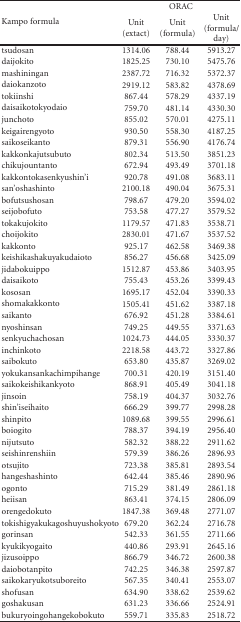
<table><thead><tr><td rowspan="2"><b>Kampo formula</b></td><td colspan="3"><b>ORAC</b></td></tr><tr><td><b>Unit (extact)</b></td><td><b>Unit (formula)</b></td><td><b>Unit (formula/ day)</b></td></tr></thead><tbody><tr><td>tsudosan</td><td>1314.06</td><td>788.44</td><td>5913.27</td></tr><tr><td>daijokito</td><td>1825.25</td><td>730.10</td><td>5475.76</td></tr><tr><td>mashiningan</td><td>2387.72</td><td>716.32</td><td>5372.37</td></tr><tr><td>daiokanzoto</td><td>2919.12</td><td>583.82</td><td>4378.69</td></tr><tr><td>tokiinshi</td><td>867.44</td><td>578.29</td><td>4337.19</td></tr><tr><td>daisaikotokyodaio</td><td>759.70</td><td>481.14</td><td>4330.30</td></tr><tr><td>junchoto</td><td>855.02</td><td>570.01</td><td>4275.11</td></tr><tr><td>keigairengyoto</td><td>930.50</td><td>558.30</td><td>4187.25</td></tr><tr><td>saikoseikanto</td><td>879.31</td><td>556.90</td><td>4176.74</td></tr><tr><td>kakkonkajutsubuto</td><td>802.34</td><td>513.50</td><td>3851.23</td></tr><tr><td>chikujountanto</td><td>672.94</td><td>493.49</td><td>3701.18</td></tr><tr><td>kakkontokasenkyushin&#x27;i</td><td>920.78</td><td>491.08</td><td>3683.11</td></tr><tr><td>san&#x27;oshashinto</td><td>2100.18</td><td>490.04</td><td>3675.31</td></tr><tr><td>bofutsushosan</td><td>798.67</td><td>479.20</td><td>3594.02</td></tr><tr><td>seijobofuto</td><td>753.58</td><td>477.27</td><td>3579.52</td></tr><tr><td>tokakujokito</td><td>1179.57</td><td>471.83</td><td>3538.71</td></tr><tr><td>choijokito</td><td>2830.01</td><td>471.67</td><td>3537.52</td></tr><tr><td>kakkonto</td><td>925.17</td><td>462.58</td><td>3469.38</td></tr><tr><td>keishikashakuyakudaioto</td><td>856.27</td><td>456.68</td><td>3425.09</td></tr><tr><td>jidabokuippo</td><td>1512.87</td><td>453.86</td><td>3403.95</td></tr><tr><td>daisaikoto</td><td>755.43</td><td>453.26</td><td>3399.43</td></tr><tr><td>kososan</td><td>1695.17</td><td>452.04</td><td>3390.33</td></tr><tr><td>shomakakkonto</td><td>1505.41</td><td>451.62</td><td>3387.18</td></tr><tr><td>saikanto</td><td>676.92</td><td>451.28</td><td>3384.61</td></tr><tr><td>nyoshinsan</td><td>749.25</td><td>449.55</td><td>3371.63</td></tr><tr><td>senkyuchachosan</td><td>1024.73</td><td>444.05</td><td>3330.37</td></tr><tr><td>inchinkoto</td><td>2218.58</td><td>443.72</td><td>3327.86</td></tr><tr><td>saibokuto</td><td>653.80</td><td>435.87</td><td>3269.02</td></tr><tr><td>yokukansankachimpihange</td><td>700.31</td><td>420.19</td><td>3151.40</td></tr><tr><td>saikokeishikankyoto</td><td>868.91</td><td>405.49</td><td>3041.18</td></tr><tr><td>jinsoin</td><td>758.19</td><td>404.37</td><td>3032.76</td></tr><tr><td>shin&#x27;iseihaito</td><td>666.29</td><td>399.77</td><td>2998.28</td></tr><tr><td>shinpito</td><td>1089.68</td><td>399.55</td><td>2996.61</td></tr><tr><td>boiogito</td><td>788.37</td><td>394.19</td><td>2956.40</td></tr><tr><td>nijutsuto</td><td>582.32</td><td>388.22</td><td>2911.62</td></tr><tr><td>seishinrenshiin</td><td>579.39</td><td>386.26</td><td>2896.93</td></tr><tr><td>otsujito</td><td>723.38</td><td>385.81</td><td>2893.54</td></tr><tr><td>hangeshashinto</td><td>642.44</td><td>385.46</td><td>2890.96</td></tr><tr><td>ogonto</td><td>715.29</td><td>381.49</td><td>2861.18</td></tr><tr><td>heiisan</td><td>863.41</td><td>374.15</td><td>2806.09</td></tr><tr><td>orengedokuto</td><td>1847.38</td><td>369.48</td><td>2771.07</td></tr><tr><td>tokishigyakukagoshuyushokyoto</td><td>679.20</td><td>362.24</td><td>2716.78</td></tr><tr><td>gorinsan</td><td>542.33</td><td>361.55</td><td>2711.66</td></tr><tr><td>kyukikyogaito</td><td>440.86</td><td>293.91</td><td>2645.16</td></tr><tr><td>jizusoippo</td><td>866.79</td><td>346.72</td><td>2600.38</td></tr><tr><td>daiobotanpito</td><td>742.25</td><td>346.38</td><td>2597.87</td></tr><tr><td>saikokaryukotsuboreito</td><td>567.35</td><td>340.41</td><td>2553.07</td></tr><tr><td>shofusan</td><td>634.90</td><td>338.62</td><td>2539.62</td></tr><tr><td>goshakusan</td><td>631.23</td><td>336.66</td><td>2524.91</td></tr><tr><td>bukuryoingohangekobokuto</td><td>559.71</td><td>335.83</td><td>2518.72</td></tr></tbody></table>